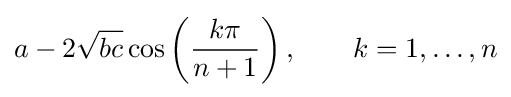
a-2{\sqrt {bc}}\cos \left({\frac {k\pi }{n+1}}\right),\qquad k=1,\ldots ,n